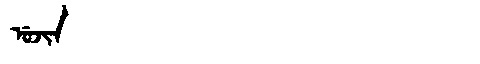
Manchu: ᡠᠵᡳᠨ
Romanization: UJIN